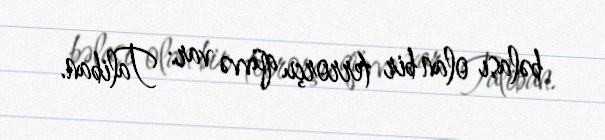
bəlası olan bir terrorçu qüvvə var: Taliban.